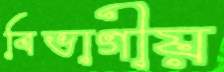
বিভাগীয়